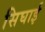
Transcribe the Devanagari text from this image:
सिघाई